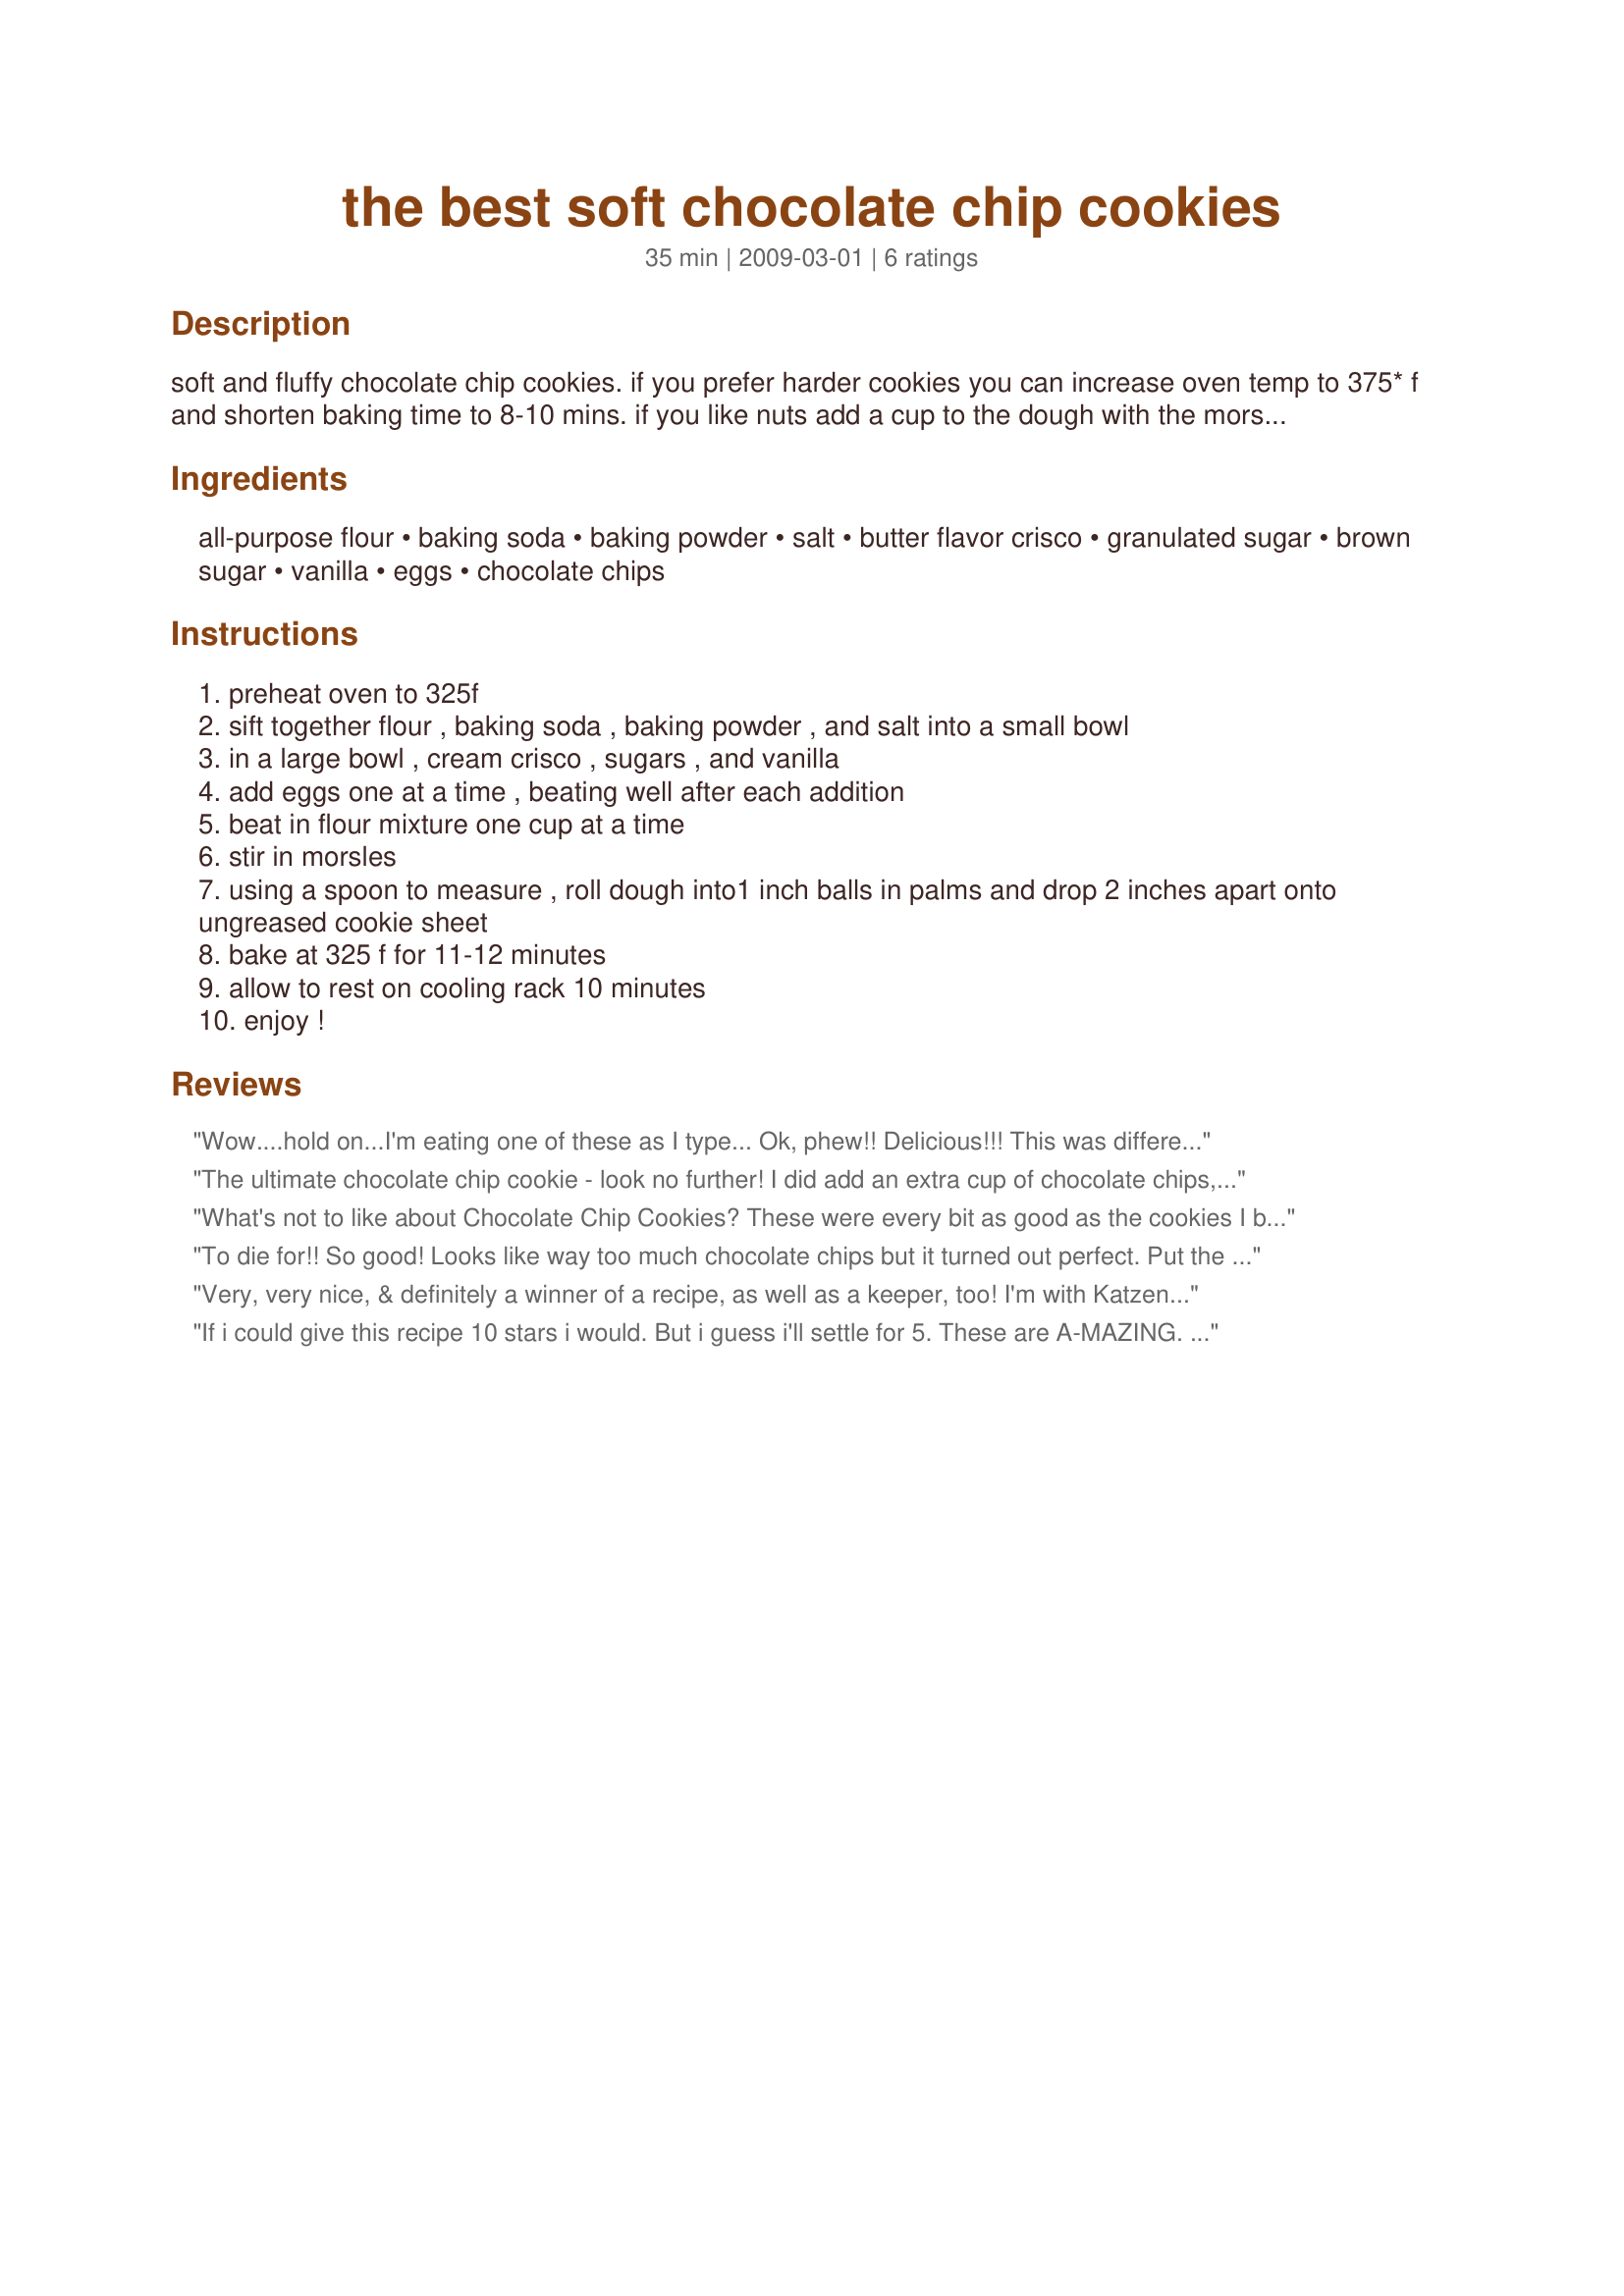
the best soft chocolate chip cookies
Preparation time: 35 minutes

soft and fluffy chocolate chip cookies. if you prefer harder cookies you can increase oven temp to 375* f and shorten baking time to 8-10 mins. if you like nuts add a cup to the dough with the morsles. also, you can multiply the recipe and freeze for baking later. form the dough into balls and partially freeze on cookie sheet(this prevents cookie dough from sticking and freezing together). then you can put them into a freezer bag and enjoy them later. to keep soft cookies soft, put a slice of bread in the container you store the cookies in.

Ingredients:
all-purpose flour, baking soda, baking powder, salt, butter flavor crisco, granulated sugar, brown sugar, vanilla, eggs, chocolate chips

Steps:
preheat oven to 325f
sift together flour , baking soda , baking powder , and salt into a small bowl
in a large bowl , cream crisco , sugars , and vanilla
add eggs one at a time , beating well after each addition
beat in flour mixture one cup at a time
stir in morsles
using a spoon to measure , roll dough into1 inch balls in palms and drop 2 inches apart onto ungreased cookie sheet
bake at 325 f for 11-12 minutes
allow to rest on cooling rack 10 minutes
enjoy !

Reviews:
Wow....hold on...I'm eating one of these as I type... Ok, phew!! Delicious!!! This was different from all of the other recipes that I have tried (even the recipes that have over 250 reviews at 4.5 starts) and this is by far the best. It does seem to need a touch more sugar, but overall...PERFECT. They turned out amazing! I followed the recipe without making any changes; however I did have to bake these for about 16 minutes. But that is totally fine with me... These were super easy to make since you don't have to wait for butter to come to room temperature! I typically don't like planning that far in advance. I'm an impulse baker and having to wait for butter to come to room temperature is a pain so another bonus by using this recipe! Try these! Next time I will add an additional 1/4 cup of sugar. These are going in my "favorites".<br/><br/>UPDATE: After these sat for a day... they were really hard and I could taste how prominent the salt was. Way too much salt! So... I'm now making these a 2nd time, but really tweaking this recipe. When made as-is, these cookies will get hard and they do not spread out when baking. For some I'm sure this is ok, but I like chewy/soft cookies...and trying to bake these thick cookies at 325 just doesn't cut it. You have to bake them longer to get them baked all the way through so in turn you are not getting soft cookies. Also, I don't really like baking cookies with shortening. So here's what I did this time... I like these much better!!! I used margarine instead of shortening... I used half the amount of salt and I added apple cider vinegar. For those of you who have never tried this - this will ensure your cookies are soft. This is a trick I learned from my mom who is an awesome baker.
The ultimate chocolate chip cookie - look no further! I did add an extra cup of chocolate chips, but otherwise made exactly as written. Wonderful! Made for PAC Fall 2009 ~ you were adopted!
What's not to like about Chocolate Chip Cookies? These were every bit as good as the cookies I buy at the bakery outlets. I would definitely make these again. My batch needed closer to 13-14 minutes before they were done in the center, but that was a quick fix and not a fault of the recipe itself (but more likely an inconsistency in my oven temperature). Thanks for sharing your recipe, chefamarie. Made for Spring 2010 Pick-A-Chef.
To die for!! So good! Looks like way too much chocolate chips but it turned out perfect. Put the loose morsels from the batter on top of the cookie. You got yourself the prettiest batch of cookies! Thanks chef Marie &lt;3
Very, very nice, & definitely a winner of a recipe, as well as a keeper, too! I'm with Katzen, though in that I increased the amount of chocolate chips! Even managed to share a few of these great fixes with a neighbor, but did keep most of them right here for our own enjoyment! Thanks for posting the recipe! [Made & reviewed for one of my adoptees in this Spring's Pick A Chef]
If i could give this recipe 10 stars i would. But i guess i'll settle for 5. These are A-MAZING. I love the fact they use shortening due to the fact i ran out of butter 1 week ago and it's great for those days you don't feel like waiting for butter to soften. they're amazingly soft not only the day of but the day after. My hubbs ate all of the cookies yesterday, granted there were only 6 but thats alot coming from him. Anywho, this will be my new chocolate chip recipe, Thanks again. OH and for the people having trouble with their cookies not being baked all the way at 325. I baked mine at 375 for about 10 mins and they were perfect.
